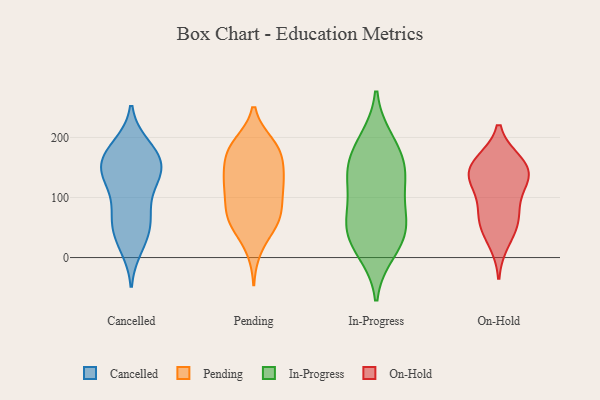
{"axis": {"x": "Website Visitors", "y": "Value"}, "legend": ["Cancelled", "In-Progress", "On-Hold", "Pending"], "data": [{"x": "", "y": 153, "type": "Cancelled"}, {"x": "", "y": 75, "type": "Cancelled"}, {"x": "", "y": 17, "type": "Cancelled"}, {"x": "", "y": 173, "type": "Cancelled"}, {"x": "", "y": 164, "type": "Cancelled"}, {"x": "", "y": 111, "type": "Cancelled"}, {"x": "", "y": 61, "type": "Cancelled"}, {"x": "", "y": 38, "type": "Cancelled"}, {"x": "", "y": 130, "type": "Cancelled"}, {"x": "", "y": 186, "type": "Cancelled"}, {"x": "", "y": 70, "type": "Cancelled"}, {"x": "", "y": 26, "type": "Cancelled"}, {"x": "", "y": 167, "type": "Cancelled"}, {"x": "", "y": 141, "type": "Cancelled"}, {"x": "", "y": 61, "type": "Cancelled"}, {"x": "", "y": 187, "type": "Cancelled"}, {"x": "", "y": 151, "type": "Cancelled"}, {"x": "", "y": 138, "type": "Cancelled"}, {"x": "", "y": 130, "type": "Cancelled"}, {"x": "", "y": 178, "type": "Pending"}, {"x": "", "y": 72, "type": "Pending"}, {"x": "", "y": 140, "type": "Pending"}, {"x": "", "y": 97, "type": "Pending"}, {"x": "", "y": 56, "type": "Pending"}, {"x": "", "y": 188, "type": "Pending"}, {"x": "", "y": 131, "type": "Pending"}, {"x": "", "y": 56, "type": "Pending"}, {"x": "", "y": 69, "type": "Pending"}, {"x": "", "y": 181, "type": "Pending"}, {"x": "", "y": 130, "type": "Pending"}, {"x": "", "y": 78, "type": "Pending"}, {"x": "", "y": 110, "type": "Pending"}, {"x": "", "y": 172, "type": "Pending"}, {"x": "", "y": 122, "type": "Pending"}, {"x": "", "y": 15, "type": "Pending"}, {"x": "", "y": 56, "type": "Pending"}, {"x": "", "y": 129, "type": "Pending"}, {"x": "", "y": 189, "type": "Pending"}, {"x": "", "y": 170, "type": "Pending"}, {"x": "", "y": 25, "type": "In-Progress"}, {"x": "", "y": 10, "type": "In-Progress"}, {"x": "", "y": 45, "type": "In-Progress"}, {"x": "", "y": 143, "type": "In-Progress"}, {"x": "", "y": 116, "type": "In-Progress"}, {"x": "", "y": 184, "type": "In-Progress"}, {"x": "", "y": 45, "type": "In-Progress"}, {"x": "", "y": 149, "type": "In-Progress"}, {"x": "", "y": 143, "type": "In-Progress"}, {"x": "", "y": 64, "type": "In-Progress"}, {"x": "", "y": 81, "type": "In-Progress"}, {"x": "", "y": 195, "type": "In-Progress"}, {"x": "", "y": 136, "type": "On-Hold"}, {"x": "", "y": 160, "type": "On-Hold"}, {"x": "", "y": 65, "type": "On-Hold"}, {"x": "", "y": 129, "type": "On-Hold"}, {"x": "", "y": 55, "type": "On-Hold"}, {"x": "", "y": 159, "type": "On-Hold"}, {"x": "", "y": 25, "type": "On-Hold"}, {"x": "", "y": 135, "type": "On-Hold"}, {"x": "", "y": 158, "type": "On-Hold"}, {"x": "", "y": 62, "type": "On-Hold"}, {"x": "", "y": 125, "type": "On-Hold"}, {"x": "", "y": 92, "type": "On-Hold"}]}